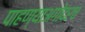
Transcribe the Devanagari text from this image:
पाहण्याअगोदरच